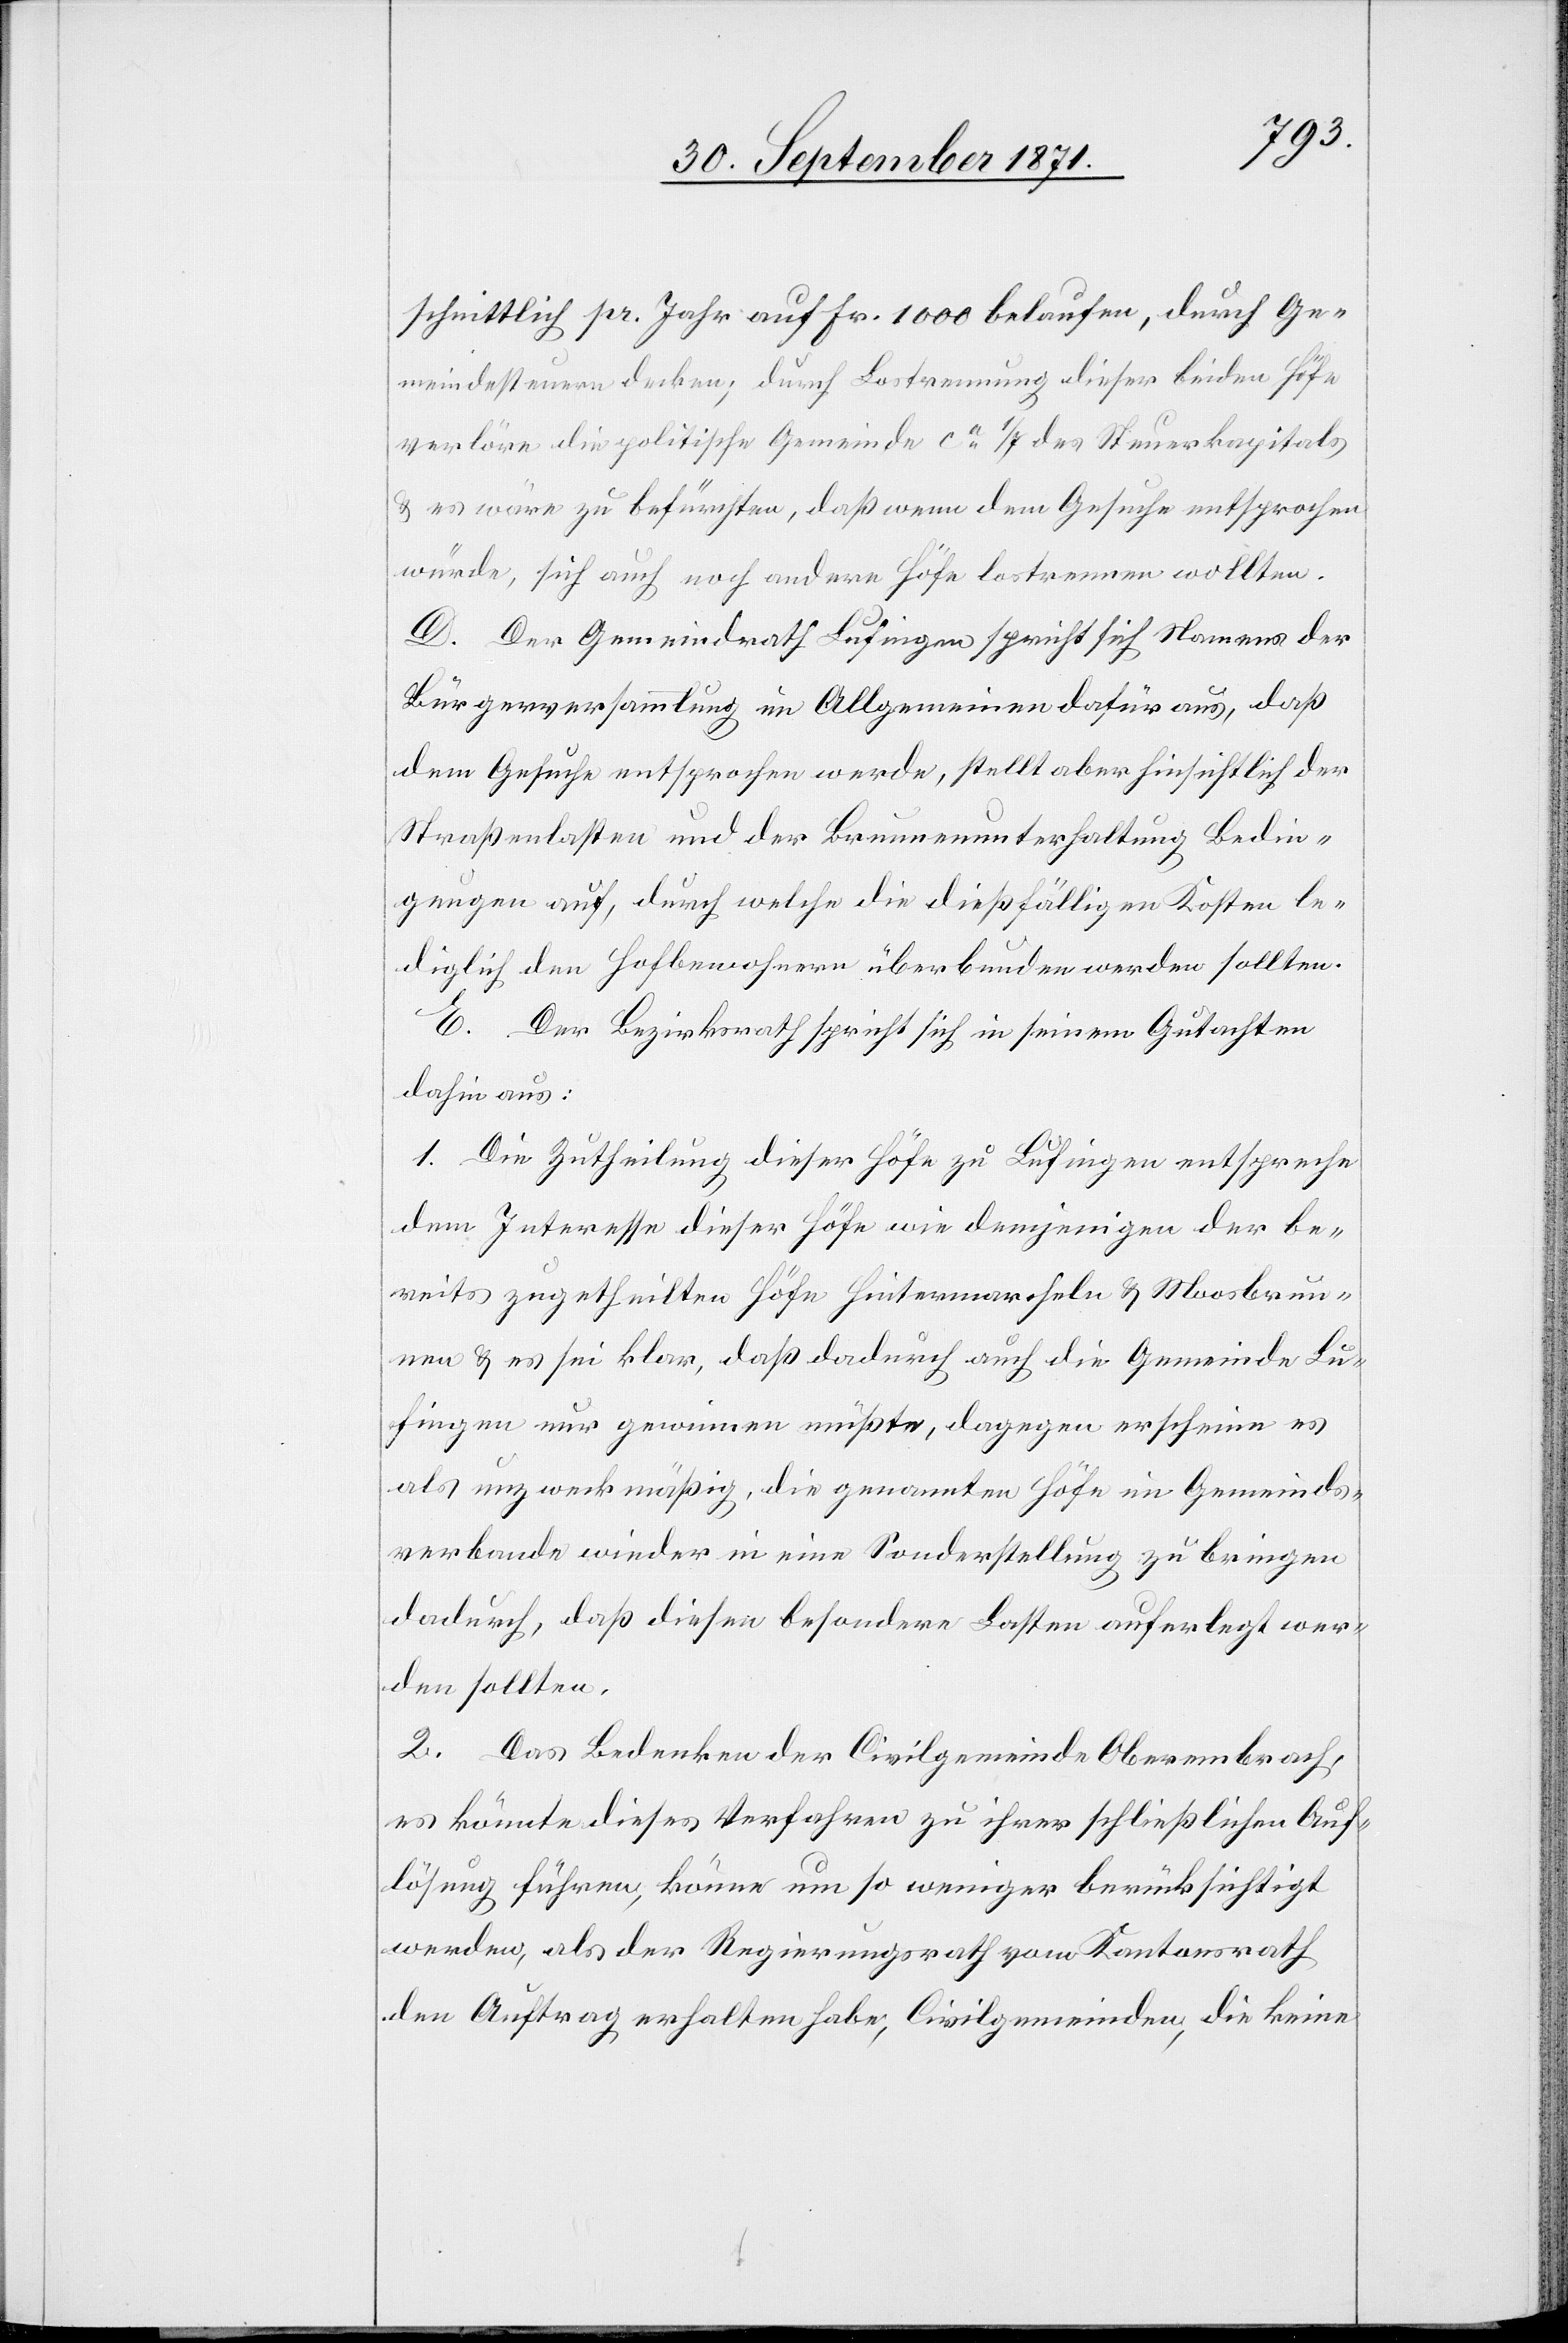
schnittlich pr. Jahr auf Fr. 1000 belaufen, durch Ge¬
meindesteuern decken; durch Lostrennung dieser beiden Höfe
verlöre die politische Gemeinde ca 1/7 des Steuerkapitals
& es wäre zu befürchten, daß wenn dem Gesuch entsprochen
würde, sich auch noch andere Höfe lostrennen wollten.
D. Der Gemeindrath Lufingen spricht sich Namens der
Bürgerversammlung im Allgemeinen dafür aus, daß
dem Gesuche entsprochen werde, stellt aber hinsichtlich der
Straßenlasten und der Brunnenunterhaltung Bedin¬
gungen auf, durch welche die dießfälligen Kosten le¬
diglich den Hofbewohnern überbunden werden sollten.
E. Der Bezirksrath spricht sich in seinem Gutachten
dahin aus:
1. Die Zutheilung dieser Höfe zu Lufingen entspreche
dem Interesse dieser Höfe wie denjenigen der be¬
reits zugetheilten Höfe Hintermarcheln & Moosbrun¬
nen & es sei klar, daß dadurch auch die Gemeinde Lu¬
fingen nur gewinnen müßte, dagegen erscheine es
als unzweckmäßig, die genannten Höfe im Gemeinds¬
verbande wieder in eine Sonderstellung zu bringen
dadurch, daß diesen besondere Lasten auferlegt wer¬
den sollten.
2. Das Bedenken der Civilgemeinde Oberembrach
es könnte dieses Verfahren zu ihrer schließlichen Auf¬
lösung führen, könne um so weniger berücksichtigt
werden, als der Regierungsrath vom Kantonsrath
den Auftrag erhalten habe, Civilgemeinden, die keine